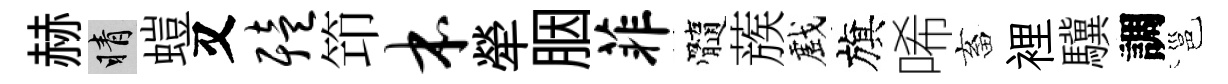
赫睛螘又殪笻本犖胭菲髓蔟戲旗唏畜裡驥調邕